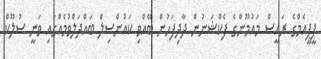
ޕީޕީއެމްގެ ރައީސް މައުމޫންގެ ފެކްޝަނުން ދާދިފަހުން ބޭއްވި ކައުންސިލް ބައްދަލްވުމެއްގައި ވަނީ ސުލޫކް